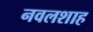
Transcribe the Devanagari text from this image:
नवलशाह